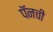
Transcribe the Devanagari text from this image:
पॅनची